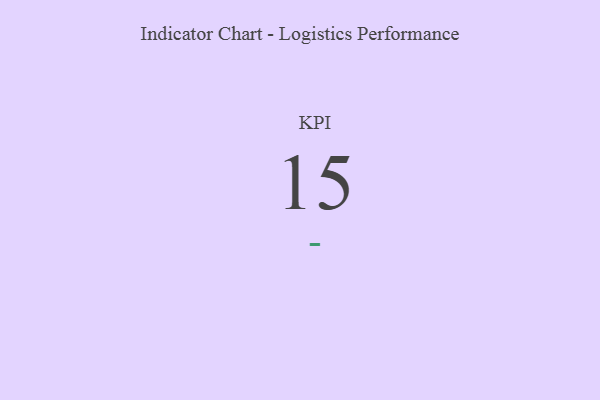
{"axis": {"x": "KPI", "y": "Value"}, "legend": [""], "data": [{"x": "KPI", "y": 15, "type": ""}]}